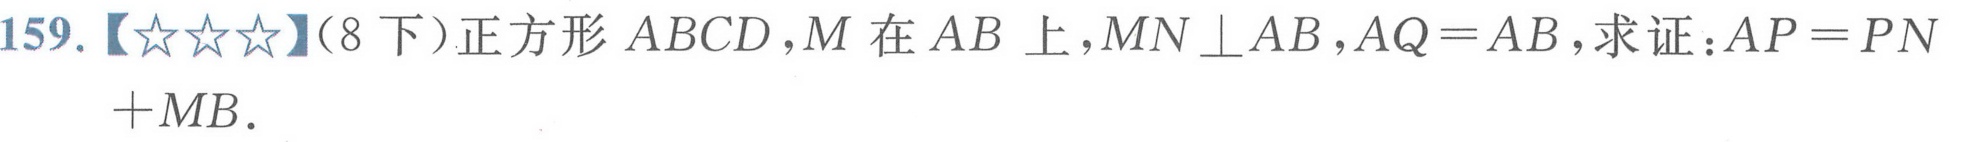
159.【★★★】（8下）正方形\(ABCD\)，\(M\)在\(AB\)上，\(MN\perp AB\)，\(AQ = AB\)，求证：\(AP = PN+MB\) ．